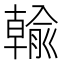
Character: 𪟺